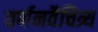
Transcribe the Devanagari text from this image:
वर्णनवैचित्र्य